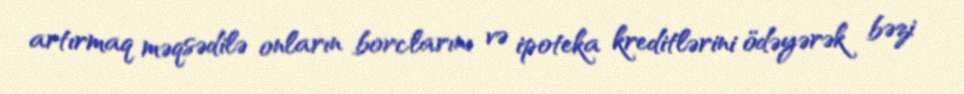
artırmaq məqsədilə onların borclarını və ipoteka kreditlərini ödəyərək bəzi